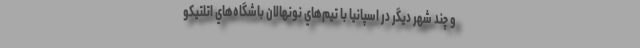
و چند شهر ديگر در اسپانيا با تيم‌هاي نونهالان باشگاه‌هاي اتلتيكو